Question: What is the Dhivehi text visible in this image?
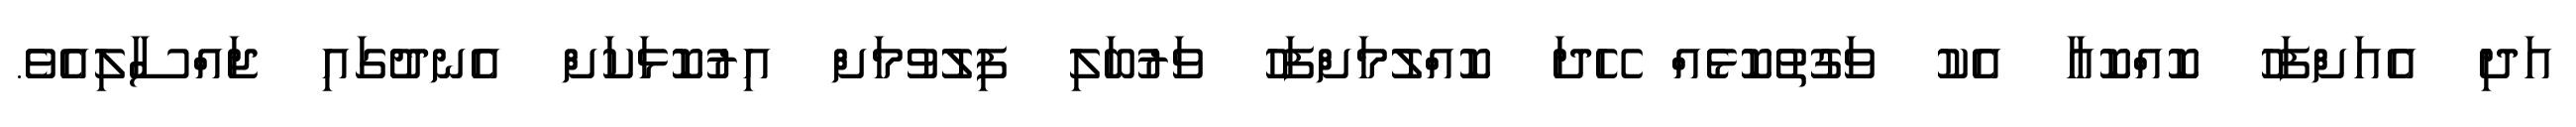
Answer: އަދި އެއަށްފަހު ކޮއްކޮއާ އެކު ވަގުތުކޮޅެއް ހޭދަ ކޮއްލުމަށްފަހު ވަރުބަލި ފިލުވުމަށް އިރުކޮޅަކަށް އެނދުގައި ޖައްސާލިއެވެ.